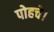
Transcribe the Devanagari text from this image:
पोहचे।